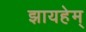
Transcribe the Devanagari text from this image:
झायहेम्